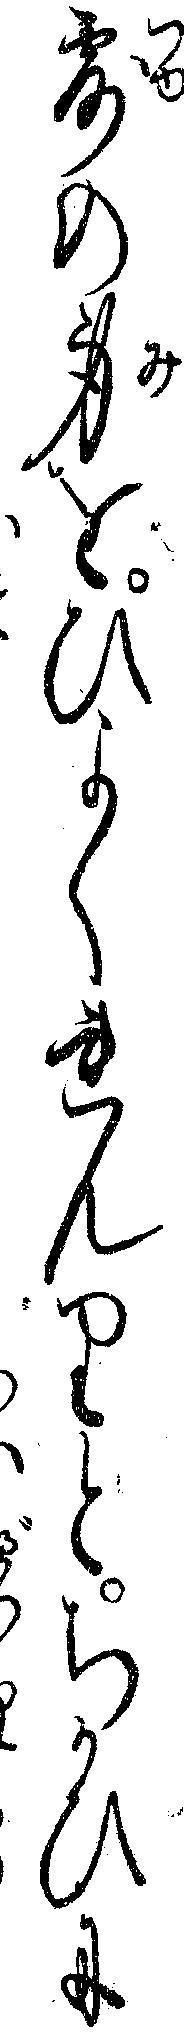
露の身をひよくれんりとちかひに